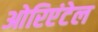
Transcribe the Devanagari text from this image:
ओरिएंटेल